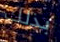
بذلك